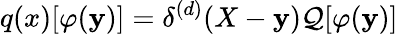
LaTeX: q(x)[\varphi(\mathbf{y})]=\delta^{(d)}(X-\mathbf{y})\mathcal{Q}[\varphi(\mathbf{y})]